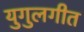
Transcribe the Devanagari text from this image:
युगुलगीत